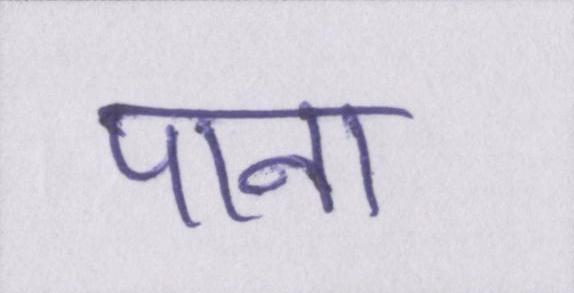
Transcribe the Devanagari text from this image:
पाना